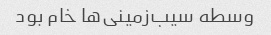
وسطه سیب‌زمینی‌ها خام بود